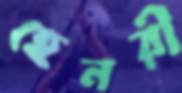
হেনরী